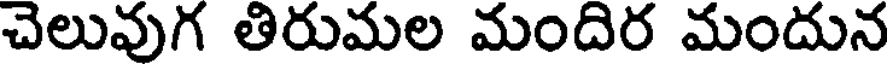
చెలువుగ తిరుమల మందిర మందున